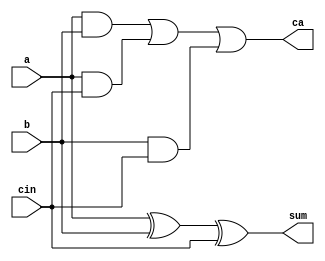
module fullAdder (a, b, cin, sum, ca);
input a, b, cin;
output sum, ca;

assign sum = a ^ b ^ cin;
assign ca = (a & b) | (a & cin) | (b & cin);

endmodule